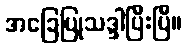
အခြေပြုသဒ္ဒါပြီးပြီ။